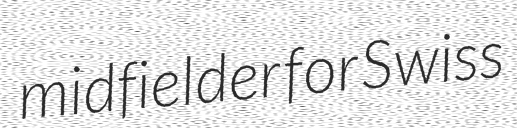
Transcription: midfielder for Swiss